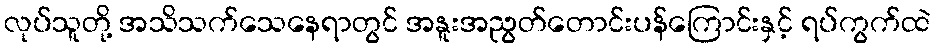
လုပ်သူတို့ အသိသက်သေနေရာတွင် အနူးအညွတ်တောင်းပန်ကြောင်းနှင့် ရပ်ကွက်ထဲ